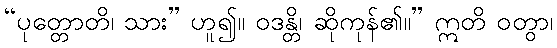
“ပုတ္တောတိ၊ သား” ဟူ၍။ ဝဒန္တိ၊ ဆိုကုန်၏။” ဣတိ ဝတွာ၊